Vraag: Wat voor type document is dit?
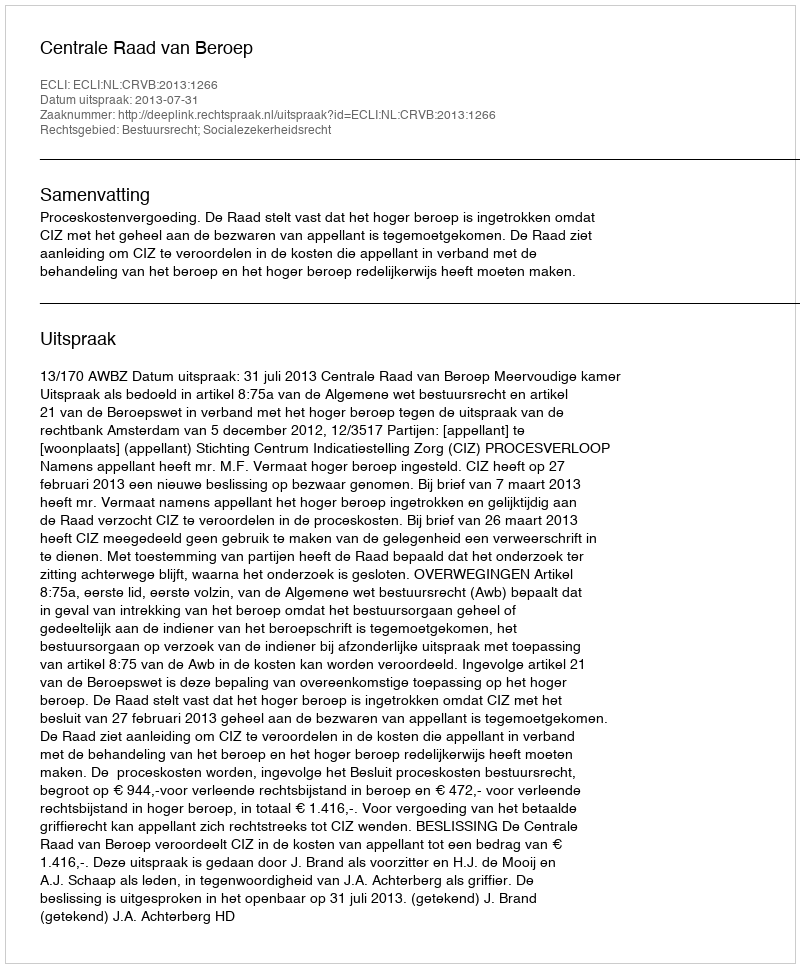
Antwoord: Uitspraak